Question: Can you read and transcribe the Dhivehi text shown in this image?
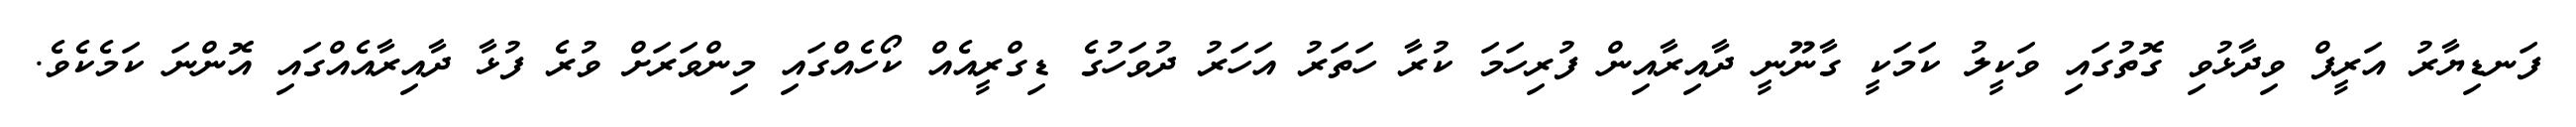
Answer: ފަނޑިޔާރު އަރީފް ވިދާޅުވި ގޮތުގައި ވަކީލު ކަމަކީ ގާނޫނީ ދާއިރާއިން ފުރިހަމަ ކުރާ ހަތަރު އަހަރު ދުވަހުގެ ޑިގްރީއެއް ކޯހެއްގައި މިންވަރަށް ވުރެ ފުޅާ ދާއިރާއެއްގައި އޮންނަ ކަމެކެވެ.